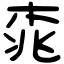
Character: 𣑯